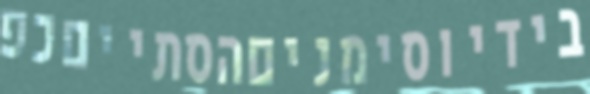
בידיוסימניםהסתייםכפ